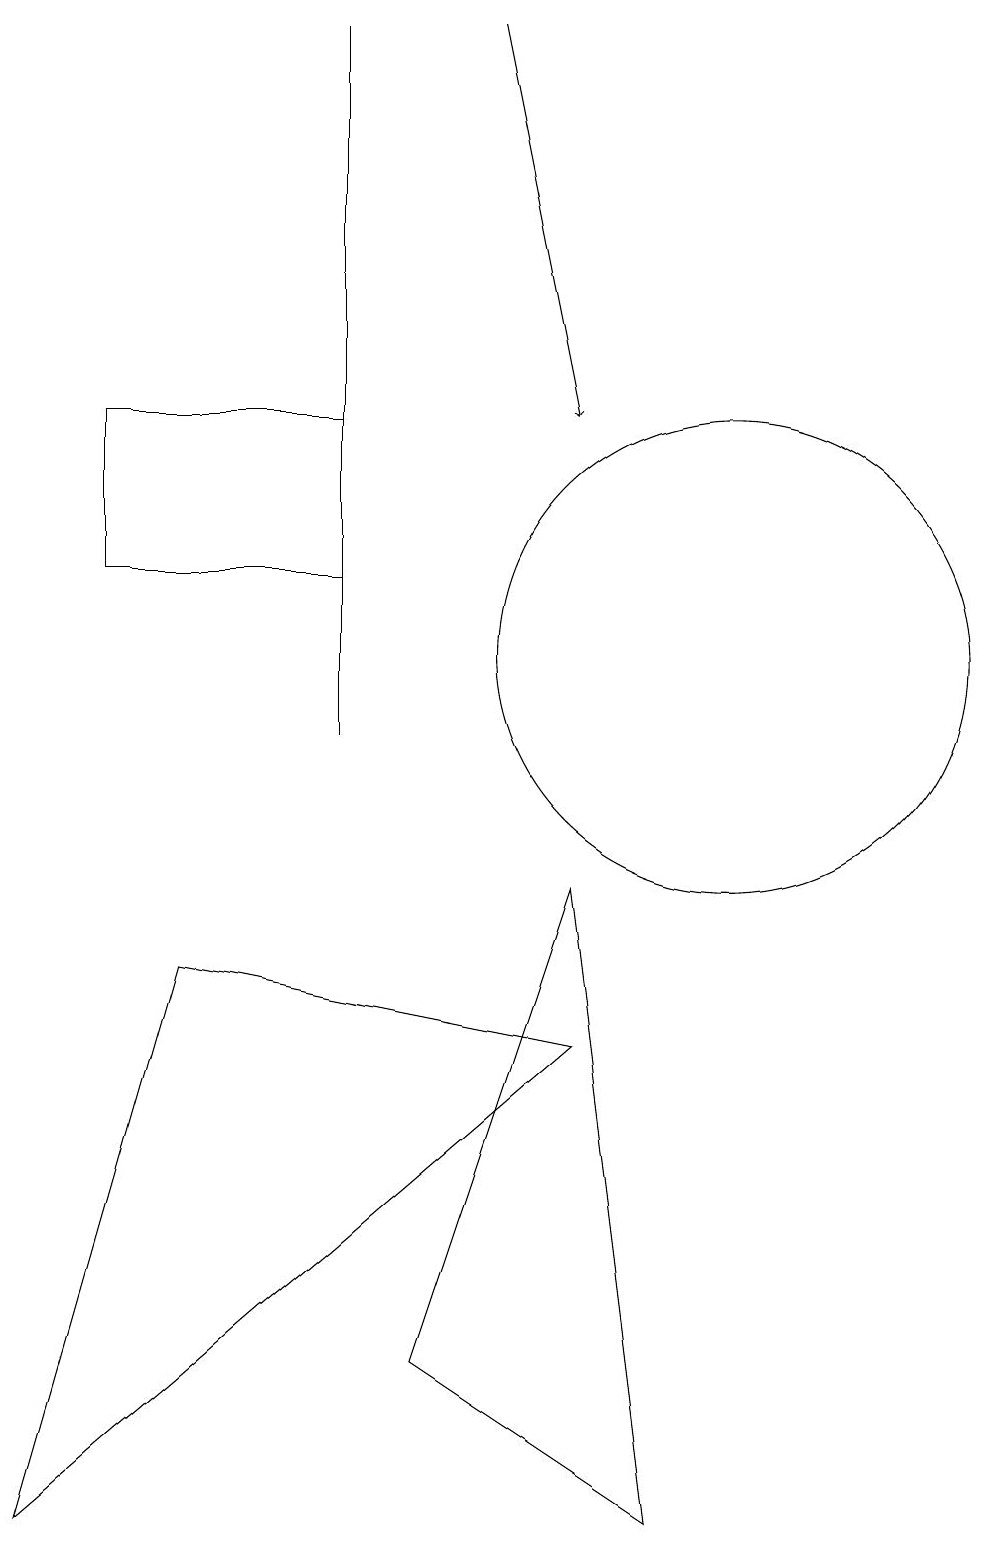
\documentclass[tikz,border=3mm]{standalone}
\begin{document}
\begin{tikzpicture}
\draw (6,2) -- (8,8) -- (9,0) -- cycle;
\draw (10,11) circle (3);
\draw[->] (7,19) -- (8,14);
\draw (5,19) rectangle (5,10);
\draw (2,12) rectangle (5,14);
\draw (8,6) -- (1,0) -- (3,7) -- cycle;
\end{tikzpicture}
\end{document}